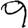
Digit: 9